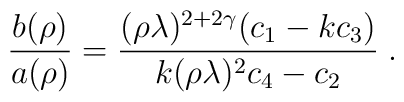
\left. \frac{b(\rho)}{a(\rho)} =  \frac{ (\rho\lambda)^{2 + 2 \gamma} (c_{1}    - k c_{3}) }{k (\rho\lambda)^{2} c_{4} - c_{2}}  \right. .